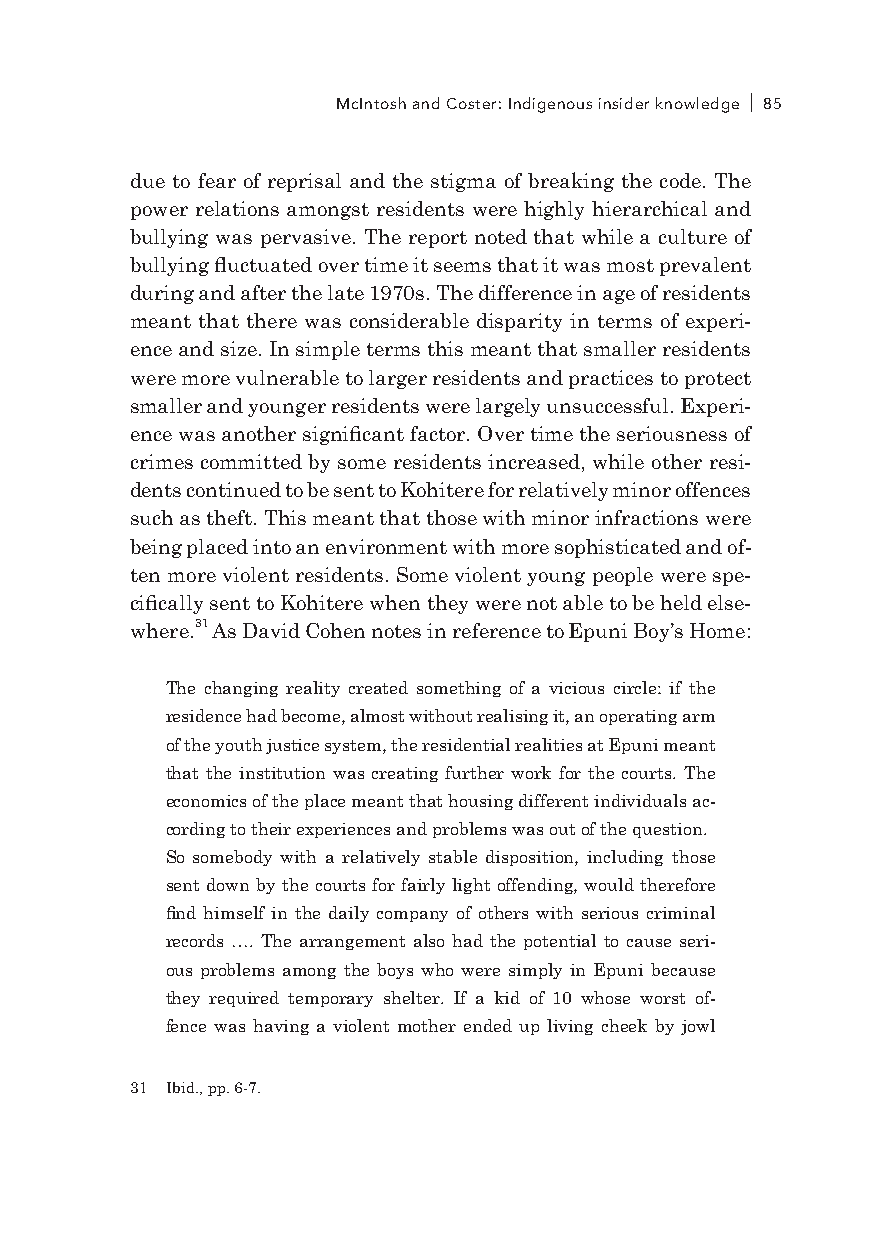
McIntosh and Coster: Indigenous insider knowledge 85
 due to fear of reprisal and the stigma of breaking the code. The
 power relations amongst residents were highly hierarchical and
 bullying was pervasive. The report noted that while a culture of
 bullying fluctuated over time it seems that it was most prevalent
 during and after the late 1970s. The difference in age of residents
 meant that there was considerable disparity in terms of experi-
 ence and size. In simple terms this meant that smaller residents
 were more vulnerable to larger residents and practices to protect
 smaller and younger residents were largely unsuccessful. Experi-
 ence was another significant factor. Over time the seriousness of
 crimes committed by some residents increased, while other resi-
 dents continued to be sent to Kohitere for relatively minor offences
 such as theft. This meant that those with minor infractions were
 being placed into an environment with more sophisticated and of-
 ten more violent residents. Some violent young people were spe-
 cifically sent to Kohitere when they were not able to be held else-
 where.31 As David Cohen notes in reference to Epuni Boy’s Home:
 The changing reality created something of a vicious circle: if the
 residence had become, almost without realising it, an operating arm
 of the youth justice system, the residential realities at Epuni meant
 that the institution was creating further work for the courts. The
 economics of the place meant that housing different individuals ac-
 cording to their experiences and problems was out of the question.
 So somebody with a relatively stable disposition, including those
 sent down by the courts for fairly light offending, would therefore
 find himself in the daily company of others with serious criminal
 records …. The arrangement also had the potential to cause seri-
 ous problems among the boys who were simply in Epuni because
 they required temporary shelter. If a kid of 10 whose worst of-
 fence was having a violent mother ended up living cheek by jowl
 31 Ibid., pp. 6-7.